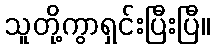
သူတို့ကွာရှင်းပြီးပြီ။